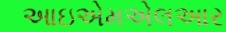
આઇએમએલઆર